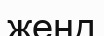
женд